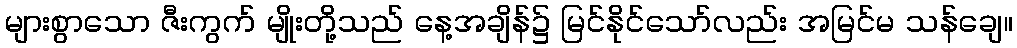
များစွာသော ဇီးကွက် မျိုးတို့သည် နေ့အချိန်၌ မြင်နိုင်သော်လည်း အမြင်မ သန်ချေ။